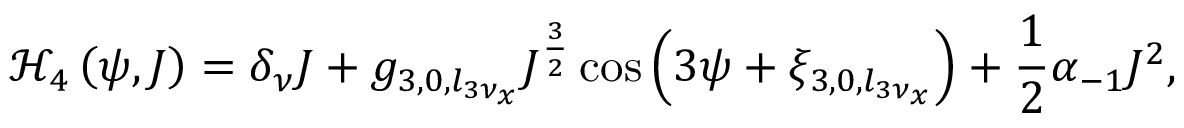
\mathcal { H } _ { 4 } \left( \psi , J \right) = \delta _ { \nu } J + g _ { 3 , 0 , l _ { 3 \nu _ { x } } } J ^ { \frac { 3 } { 2 } } \cos \left( 3 \psi + \xi _ { 3 , 0 , l _ { 3 \nu _ { x } } } \right) + \frac { 1 } { 2 } \alpha _ { - 1 } J ^ { 2 } ,